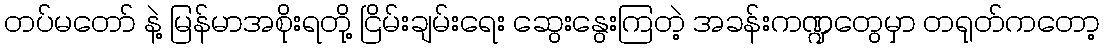
တပ်မတော် နဲ့ မြန်မာအစိုးရတို့ ငြိမ်းချမ်းရေး ဆွေးနွေးကြတဲ့ အခန်းကဏ္ဍတွေမှာ တရုတ်ကတော့